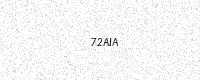
Text: 72AIA